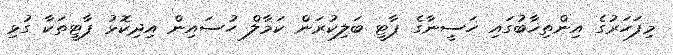
މިފަހަރުގެ އިންތިޚާބުގައި ހަސީނާގެ ޕާޓީ ބަލިކުރަން ކަމާލް ހުސައިން އިދިކޮޅު ޕާޓީތަކާ ގުޅި